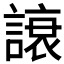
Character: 𲁳